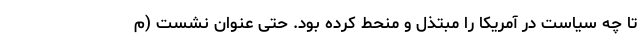
تا چه سیاست در آمریکا را مبتذل و منحط کرده بود. حتی عنوان نشست (م